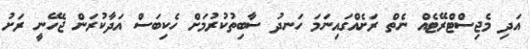
އަދި މެޖިސްޓްރޭޓެއް ނެތް ރަށެއްގައިނަމަ ހަނދު ސާބިތުކުރުމަށް ހެކިބަސް އަދާކުރަން ޖެހޭނީ ރަށު